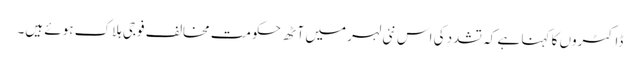
ڈاکٹروں کا کہنا ہے کہ تشدد کی اس نئی لہر میں آٹھ حکومت مخالف فوجی ہلاک ہوئے ہیں۔